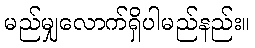
မည်မျှလောက်ရှိပါမည်နည်း။